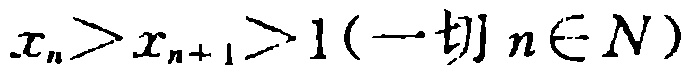
$x_{n}>x_{n + 1}>1(\text{一切}n\in N)$